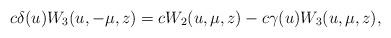
LaTeX: \begin{align*}c \delta(u)W_3(u,-\mu,z)=c W_2(u,\mu,z)-c\gamma(u)W_3(u,\mu,z),\end{align*}